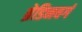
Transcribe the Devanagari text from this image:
ब्रेडिनवर्ग